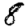
Digit: 8